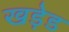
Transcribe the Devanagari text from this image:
खड़ेड